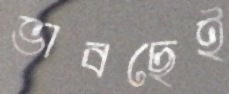
ভাবছেই